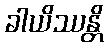
ခါယိဿန္တိ